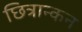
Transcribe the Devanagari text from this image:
छित्रान्कन